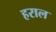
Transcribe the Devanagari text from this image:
हराल